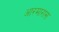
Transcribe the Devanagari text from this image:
आरमारास